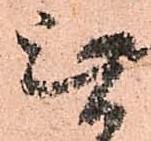
無